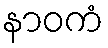
နာဝကံ